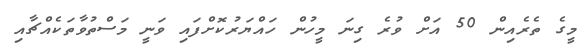
މީގެ ތެރެއިން 50 އަށް ވުރެ ގިނަ މީހުން ހައްޔަރުކޮށްފައި ވަނީ މަސްތުވާތަކެއްޗާއި